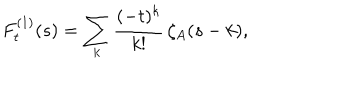
F _ { t } ^ { ( 1 ) } ( s ) = \sum _ { k } \frac { ( - t ) ^ { k } } { k ! } \, \zeta _ { A } ( s - k ) ,